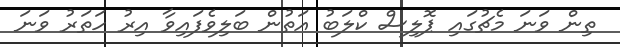
ތިން ވަނަ މެޗުގައި ޕޮލިސް ކްލަބު އަތުން ބަލިވެފައިވާ އިރު ހަތަރު ވަނަ